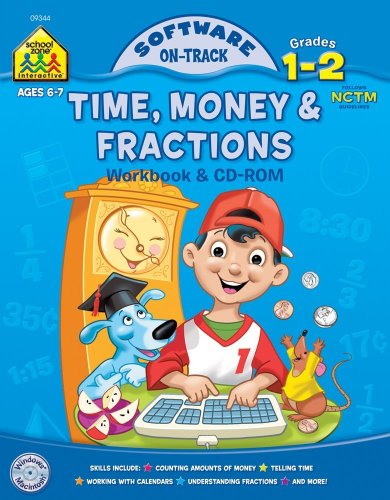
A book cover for Time, Money & Fractions, Grades 1-2 (Book & CD) (Software: On Track); Barbara Bando Irvin; Children's Books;